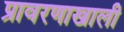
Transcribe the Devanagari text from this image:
प्रावरणाखाली